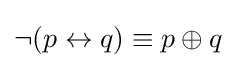
\neg (p\leftrightarrow q)\equiv p\oplus q